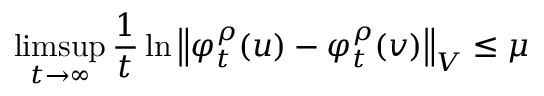
\operatorname* { l i m s u p } _ { t \to \infty } \frac { 1 } { t } \ln \left\Vert \varphi _ { t } ^ { \rho } ( u ) - \varphi _ { t } ^ { \rho } ( v ) \right\Vert _ { V } \leq \mu